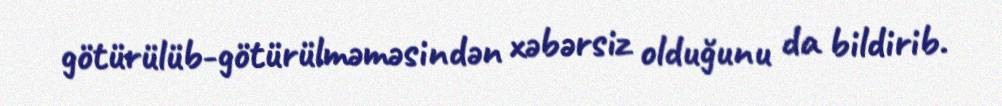
götürülüb-götürülməməsindən xəbərsiz olduğunu da bildirib.